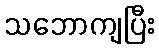
သဘောကျပြီး